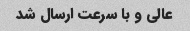
عالی و با سرعت ارسال شد